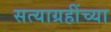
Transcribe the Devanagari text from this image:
सत्याग्रहींच्या